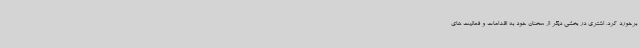
برخورد کرد. اشتری در بخشی دیگر از سخنان خود به اقدامات و فعالیت های